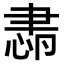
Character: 𦘛